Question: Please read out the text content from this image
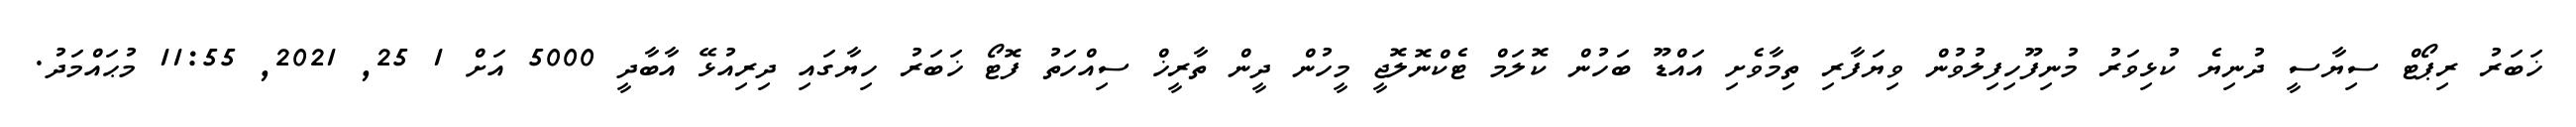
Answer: ޚަބަރު ރިޕޯޓް ސިޔާސީ ދުނިޔެ ކުޅިވަރު މުނިފޫހިފިލުވުން ވިޔަފާރި ތިމާވެށި އައްޑޫ ބަހުން ކޮލަމް ޓެކްނޮލޮޖީ މީހުން ދީން ތާރީޚް ސިއްހަތު ފޮޓޯ ޚަބަރު ހިޔާގައި ދިރިއުޅޭ އާބާދީ 5000 އަށް 1 25, 2021, 11:55 މުޙައްމަދު.